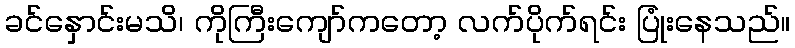
ခင်နှောင်းမသိ၊ ကိုကြီးကျော်ကတော့ လက်ပိုက်ရင်း ပြုံးနေသည်။